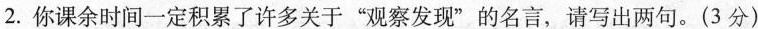
2.你课余时间一定积累了许多关于“观察发现”的名言，请写出两句。(3分)